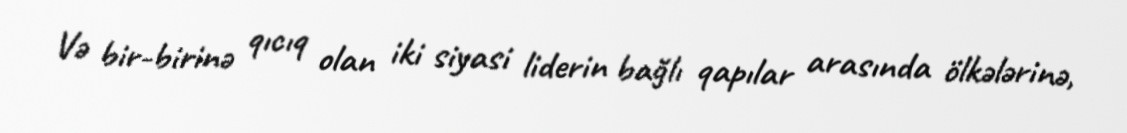
Və bir-birinə qıcıq olan iki siyasi liderin bağlı qapılar arasında ölkələrinə,